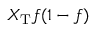
X _ { \mathrm { T } } f ( 1 - f )